King Institute of Preventive Medicine Micro-Biological Section reports 1912-19
Year: 1912
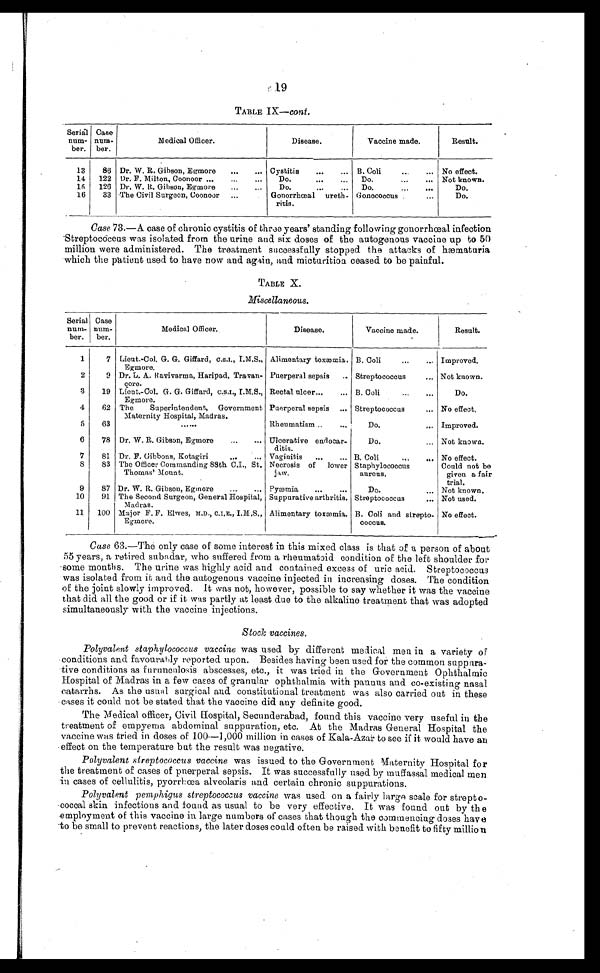
19
TABLEIX— cont .
Serial
num-
ber.
Case
num-
ber.
M e d i c a l O f f i c e r .
Disease.
Vaccine made.
Result.
13
86 Dr. W. R. Gibson, Egmore . . .
Cystitis . . . B. Coli . . . No effect.
14 122 Dr. F. Milton, Coonoor . . .
Do. . . .
Do. . . . Not known.
15 126 Dr. W. R. Gibson, Egmore . . .
D o . . . .
D o . . . .
Do.
16
33 The Civil Surgeon, Coonoor . . .
Gonorrhœal ureth-
ritis.
Gonococcus . . .
Do.
Case 73.—A case of chronic cystitis of three years’ standing following gonorrhœal infection
Streptococcus was isolated from the urine and six doses of the autogenous vaccine up to 50
million were administered. The treatment successfully stopped the attacks of hæmaturia
which the patient used to have now and again, and micturition ceased to be painful.
TABLE X.
Miscellaneous.
Serial
num-
ber.
Case
num-
ber.
Medical Officer.
Disease.
Vaccine made.
Result.
1
7 Lieut.-Col. G. G. Giffard, C.S.I., I.M.S.,
Egmore.
Alimentary toxæmia. B. Coli . . . Improved.
2
9 Dr. L. A. Ravivarma, Haripad, Travan-
core.
Puerperal sepsis . . . Streptococcus . . . Not known.
3
19 Lieut.-Col. G. G. Giffard, C.S.I., I.M.S.,
Egmore.
Rectal ulcer . . .
B. Coli . . .
Do.
4
62 The Superintendent, Government
Maternity Hospital, Madras.
Puerperal sepsis . . . Streptococcus . . . No effect.
5
63
. . .
Rheumatism . . .
Do. . . . Improved.
6
78 Dr. W. R. Gibson, Egmore . . . Ulcerative endocar-
ditis.
Do. . . . Not known.
7
81 Dr. F. Gibbons, Kotagiri . . . Vaginitis . . .
B. Coli . . . No effect.
8
83 The Officer Commanding 88th C.I., St.
Thomas' Mount.
Necrosis of lower
jaw.
Staphylococcus
aureus.
Could not be
given a fair
trial.
9
87 Dr. W. R. Gibson, Egmore . . . Pyæmia . . .
Do. . . . Not known.
10
91 The Second Surgeon, General Hospital,
Madras.
Suppurative arthritis. Streptococcus . . . Not used.
11 100 Major F. F. Elwes, M.D., C.I.E., I.M.S.,
Egmore.
Alimentary toxæmia. B. Coli and strepto-
coccus.
No effect.
Case 63.—The only case of some interest in this mixed class is that of a person of about
55 years, a retired subadar, who suffered from a rheumatoid condition of the left shoulder for
some months. The urine was highly acid and contained excess of uric acid. Streptococcus
was isolated from it and the autogenous vaccine injected in increasing doses. The condition
of the joint slowly improved. It was not, however, possible to say whether it was the vaccine
that did all the good or if it was partly at least due to the alkaline treatment that was adopted
simultaneously with the vaccine injections.
Stock vaccines.
Polyvalent staphylococcus vaccine was used by different medical men in a variety of
conditions and favourably reported upon. Besides having been used for the common
suppura-tive conditions as furunculosis abscesses, etc., it was tried in the Government Ophthalmic
Hospital of Madras in a few cases of granular ophthalmia with pannus and co-existing nasal
catarrhs. As the usual surgical and constitutional treatment was also carried out in these
cases it could not be stated that the vaccine did any definite good.
The Medical officer, Civil Hospital, Secunderabad, found this vaccine very useful in the
treatment of empyema abdominal suppuration, etc. At the Madras General Hospital the
vaccine was tried in doses of 100—1,000 million in cases of Kala-Azar to see if it would have an
effect on the temperature but the result was negative.
Polyvalent streptococcus vaccine was issued to the Government Maternity Hospital for
the treatment of cases of puerperal sepsis. It was successfully used by muffassal medical men
in cases of cellulitis, pyorrhœa alveolaris and certain chronic suppurations.
Polyvalent pemphigus streptococcus vaccine was used on a fairly large scale for strepto
-
coccal skin infections and found as usual to be very effective. It was found out by the
employment of this vaccine in large numbers of cases that though the commencing doses have
to be small to prevent reactions, the later doses could often be raised with benefit to fifty million